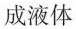
成液体